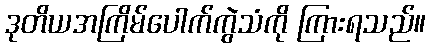
ဒုတိယအကြိမ်ပေါက်ကွဲသံကို ကြားရသည်။